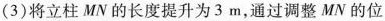
(3)将立柱MN的长度提升为3m，通过调整MN的位